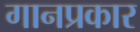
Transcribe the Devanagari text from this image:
गानप्रकार